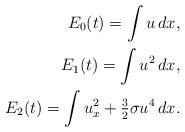
LaTeX: \begin{align*}E_0(t)=\int u\,dx,\\E_1(t)=\int u^2\,dx,\\E_2(t)=\int u_x^2+\tfrac{3}{2}\sigma u^4\,dx.\end{align*}